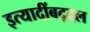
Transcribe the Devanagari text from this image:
इत्यादींबद्दल